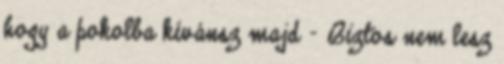
hogy a pokolba kívánsz majd - Biztos nem lesz